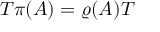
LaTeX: T \pi ( A ) = \varrho ( A ) T